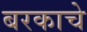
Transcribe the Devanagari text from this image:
बरकाचे